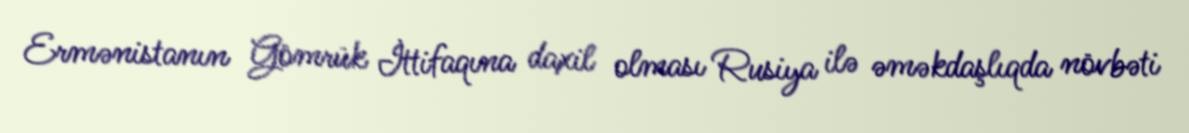
Ermənistanın Gömrük İttifaqına daxil olması Rusiya ilə əməkdaşlıqda növbəti